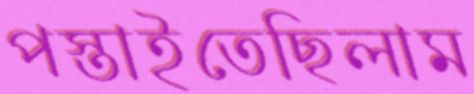
পস্তাইতেছিলাম